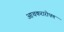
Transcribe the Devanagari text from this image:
आचकरारोपण